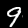
Label: 9